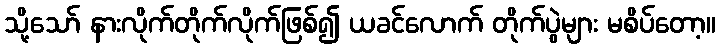
သို့သော် နားလိုက်တိုက်လိုက်ဖြစ်၍ ယခင်လောက် တိုက်ပွဲများ မစိပ်တော့။